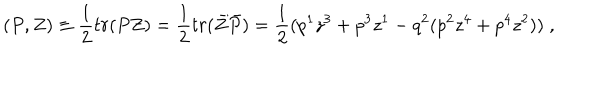
( P , Z ) \equiv \frac { 1 } { 2 } t r ( P Z ) = \frac { 1 } { 2 } t r ( \bar { Z } \bar { P } ) = \frac { 1 } { 2 } ( p ^ { 1 } z ^ { 3 } + p ^ { 3 } z ^ { 1 } - q ^ { 2 } ( p ^ { 2 } z ^ { 4 } + p ^ { 4 } z ^ { 2 } ) ) \; ,